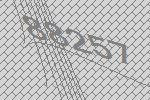
88257